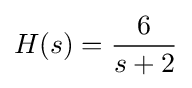
H(s)={\frac {6}{s+2}}